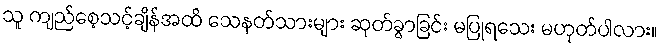
သူ ကျည်စေ့သင့်ချိန်အထိ သေနတ်သားများ ဆုတ်ခွာခြင်း မပြုရသေး မဟုတ်ပါလား။